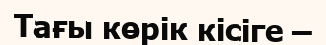
Тағы көрік кісіге –